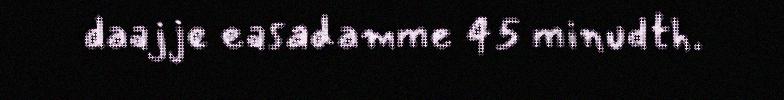
daajje easadamme 45 minudth.